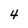
Character: 4